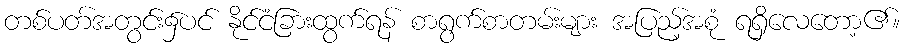
တစ်ပတ်အတွင်း၌ပင် နိုင်ငံခြားထွက်ရန် စာရွက်စာတမ်းများ အပြည့်အစုံ ရရှိလေတော့၏။